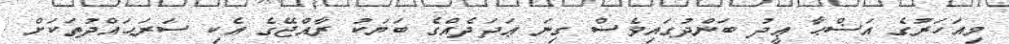
މިއަހަރުގެ އަޟްޙާ ޢީދު ބަންދުގައިވެސް ގިނަ ޢަދަދެއްގެ ބަޔަކު ރާއްޖޭގެ އެކި ސަރަޙައްދުތަކަށް